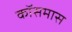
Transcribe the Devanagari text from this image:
कॉसमास